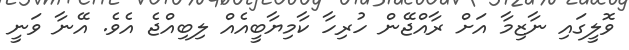
ވޮލީގައި ނާޒިމާ އަށް ރާއްޖޭން ހުރިހާ ކާމިޔާބީއެއް ލިބިއްޖެ އެވެ. އޭނާ ވަނީ